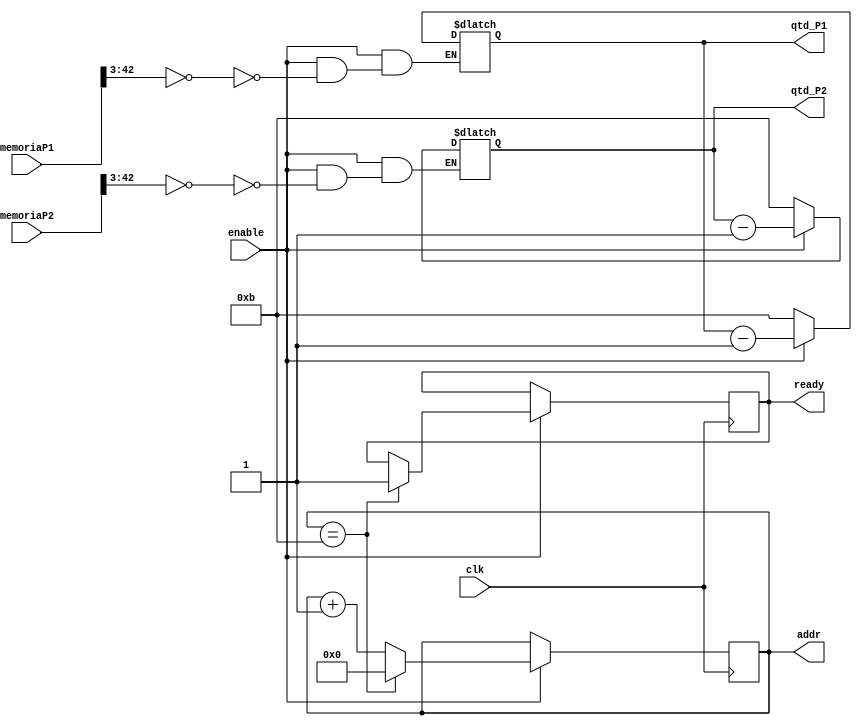
/* Modulo de Contagem de Pecas */
/*
  Anotaes:
  
  - Conta a qtd de embarcacoes restantes
  - Verifica na memoria a cada ciclo de clk essa qtd
  - Leva 11 pulsos de clock para percorrer toda memoria
  
  --------------------------------------------------------
*/

module ContagemPecas
(
  /*
	@param enable -  habilita o mdulo
   @param clk - clock do sistema
   @param memoriaP1 - vetor de coordenadas lido da memoria do player 1
	@param memoriaP2 - vetor de coordenadas lido da memoria do player 2

  */
  enable, clk, memoriaP1, memoriaP2,
  
  /*
	@param ready - passa a atribuicao de volta ao mdulo que o chamou
	@param qtd_P1 - quantidade restante na memria de peas de P1
	@param qtd P2 - quantidade restante da memria de peas de P2
	@param addr - endereo para ler na memoria
  */
  ready, qtd_P1, qtd_P2, addr
);


input clk, enable; 
input [63:0] memoriaP1;
input [63:0] memoriaP2;

output reg ready;
output reg [3:0] qtd_P1;
output reg [3:0] qtd_P2;
output reg [4:0] addr;

/*Incrementa o endereco addr e habilit/desabilita o sinal de ready*/
always @ (posedge clk or negedge enable) begin

	if (!enable) begin
		//Nao faca nada
	end else begin
		if (addr == 5'd11) begin		// se endereco chegou ao ultimo
			addr = 5'd0;					// zera o endereco
			ready = 1'b1;					// informa que terminou a tarefa
		end else begin
			addr = addr + 5'd1;			// incrementa o endereo para verificar na memoria. Em um total de 11 pulsos de clock ele verifica a memoria inteira
		end
	end
end

/*Decrementa contador da qtd de embarcacoes*/
always @ (enable or addr) begin
	
	if(enable) begin
		
		/*Qtd do Player 1*/
		if(memoriaP1[42-:40] == 40'd0) begin
				qtd_P1 = qtd_P1 - 4'd1;
		end
		
		/*Qtd do Player 2*/
		if(memoriaP2[42-:40] == 40'd0) begin
				qtd_P2 = qtd_P2 - 4'd1;
		end
		
	/* Apos enable ser desabilitado ele reseta as qtds para o valor original, no prox enable ele volta a contar*/
	end else begin 
		qtd_P1 = 4'd11;
		qtd_P2 = 4'd11;
	end
end
endmodule